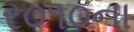
ર૦૧૦ના